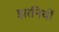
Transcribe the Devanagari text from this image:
झरनियों